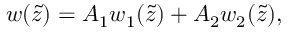
w ( \tilde { z } ) = A _ { 1 } w _ { 1 } ( \tilde { z } ) + A _ { 2 } w _ { 2 } ( \tilde { z } ) ,